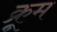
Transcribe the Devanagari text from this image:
क्रूम